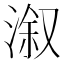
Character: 溆